Rangoon Lunatic Asylum 1878-1892 - 1878-1892
Year: 1878
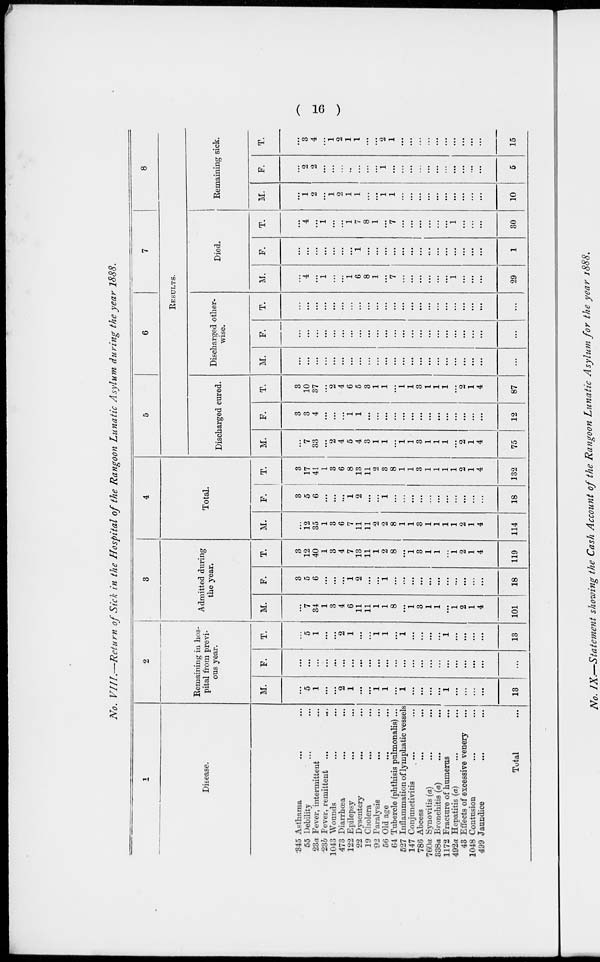
( 16 )
No. VIII.—Return of Sick in the Hospital of the Rangoon Lunatic Asylum during the year 1888.
1
Disease.
345 Asthama ... ...
55 Debility ... ...
23a Fever, intermittent ...
23b Fever, remittent ... ...
1043 Wounds ... ...
473 Diarrhœa ... ...
122 Epilepsy ... ...
22 Dysentery ... ...
19 Cholera ... ...
92 Paralysis ... ...
56 Old age ... ...
64 Tubercle (phthisis pulmonalis) ...
527 Inflammation of lymphatic vessels
147 Conjunctivitis ... ...
786 Abcess ... ...
760a Synovitis (a) ... ...
338a Bronchitis (a) ... ...
1172 Fracture of humerus ...
492a Hepatitis (a) ... ...
43 Effects of excessive venery ...
1048 Contusion ... ...
499 Jaundice ... ...
Total ...
2
Remaining in hos-
pital from previ-
ous year.
M.
...
5
1
...
...
2
1
...
...
1
1
...
1
...
...
...
...
1
...
...
...
...
13
F.
...
...
...
...
...
...
...
...
...
...
...
...
...
...
...
...
...
...
...
...
...
...
...
T.
...
5
1
...
...
2
1
...
...
1
1
...
1
...
...
...
...
1
...
...
...
...
13
3
Admitted during
the year.
M.
...
7
34
1
3
4
6
11
11
1
1
8
...
1
3
1
1
...
1
2
1
4
101
F.
3
5
6
...
...
...
1
2
...
...
1
...
...
...
...
...
...
...
...
...
...
...
18
T.
3
12
40
1
3
4
7
13
11
1
2
8
...
1
3
1
1
...
1
2
1
4
119
4
Total.
M.
...
12
35
1
3
6
7
11
11
2
2
8
1
1
3
1
1
1
1
2
1
4
114
F.
3
5
6
...
...
...
1
2
...
...
1
...
...
...
...
...
...
...
...
...
...
...
18
T.
3
17
41
1
3
6
8
13
11
2
3
8
1
1
3
1
1
1
1
2
1
4
132
5
6
7
8
RESULTS.
Discharged cured.
M.
...
7
33
...
2
4
5
4
3
1
1
...
1
1
3
1
1
1
...
2
1
4
75
F.
3
3
4
...
...
...
1
1
...
...
...
...
...
...
...
...
...
...
...
...
...
...
12
T.
3
10
37
...
2
4
6
5
3
1
1
...
1
1
3
1
1
1
...
2
1
4
87
Discharged other-
wise.
M.
...
...
...
...
...
...
...
...
...
...
...
...
...
...
...
...
...
...
...
...
...
...
...
F.
...
...
...
...
...
...
...
...
...
...
...
...
...
...
...
...
...
...
...
...
...
...
...
T.
...
...
...
...
...
...
...
...
...
...
...
...
...
...
...
...
...
...
...
...
...
...
...
Died.
M.
...
4
...
1
...
...
1
6
8
1
...
7
...
...
...
...
...
...
1
...
...
...
29
F.
...
...
...
...
...
...
...
1
...
...
...
...
...
...
...
...
...
...
...
...
...
...
1
T.
...
4
...
1
...
...
1
7
8
1
...
7
...
...
...
...
...
...
1
...
...
...
30
Remaining sick.
M.
...
1
2
...
1
2
1
1
...
...
1
1
...
...
...
...
...
...
...
...
...
...
10
F.
...
2
2
...
...
...
...
...
...
...
1
...
...
...
...
...
...
...
...
...
...
...
5
T.
...
3
4
...
1
2
1
1
...
...
2
1
...
...
...
...
...
...
...
...
...
...
15